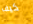
كيف